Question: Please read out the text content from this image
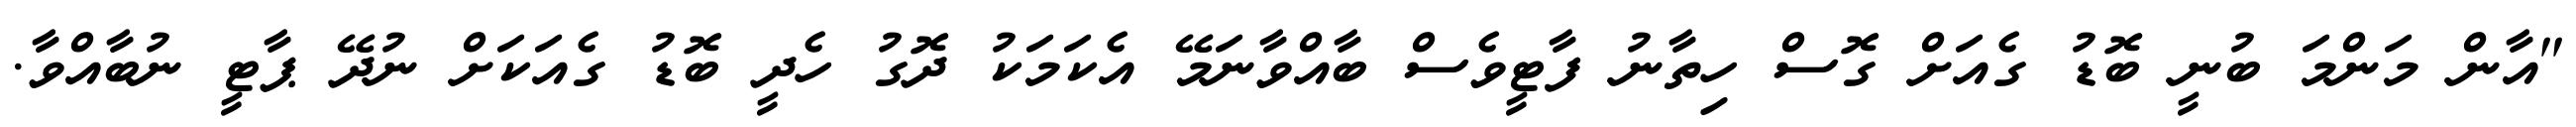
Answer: "އާން މަންމަ ބުނީ ބޮޑު ގެއަށް ގޮސް ހިތާނު ފާޓީވެސް ބާއްވާނަމޭ އެކަމަކު ދޮގު ހެދީ ބޮޑު ގެއަކަށް ނުދޭ ޕާޓީ ނުބާއްވާ.